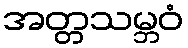
အတ္တသမ္ဘဝံ